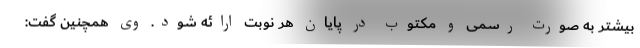
بیشتر به صورت رسمی و مکتوب در پایان هر نوبت ارائه شود. وی همچنین گفت: